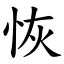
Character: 恢